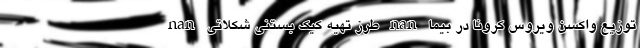
nan طرز تهیه کیک بستنی شکلاتی nan توزیع واکسن ویروس کرونا در بیما